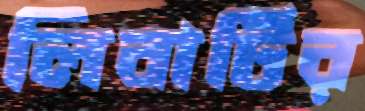
লিবার্টির